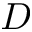
D